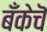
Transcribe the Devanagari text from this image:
बँकेचॆ